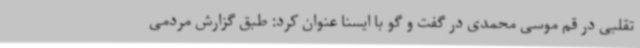
تقلبی در قم موسی محمدی در گفت و گو با ایسنا عنوان کرد: طبق گزارش مردمی